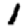
Digit: 1